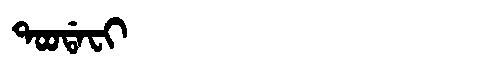
Manchu: ᡨᠣᠣᡩᠠᠸᡳ
Romanization: TOODAFI